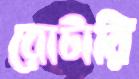
রোটারি